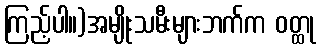
ကြည့်ပါ။)အမျိုးသမီးများဘက်က ဝတ္ထု